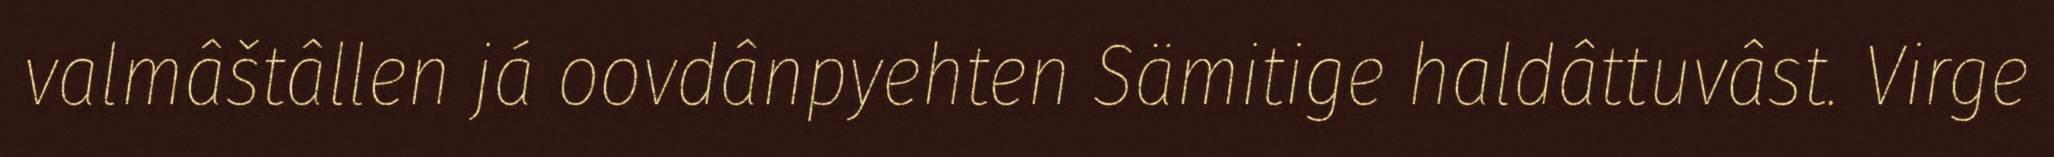
valmâštâllen já oovdânpyehten Sämitige haldâttuvâst. Virge